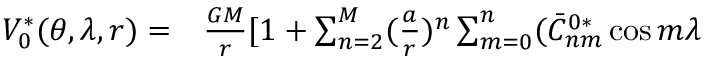
\begin{array} { r l } { V _ { 0 } ^ { * } ( \theta , \lambda , r ) = } & { { } \frac { G M } { r } [ 1 + \sum _ { n = 2 } ^ { M } ( \frac { a } { r } ) ^ { n } \sum _ { m = 0 } ^ { n } ( \bar { C } _ { n m } ^ { 0 * } \cos m \lambda } \end{array}